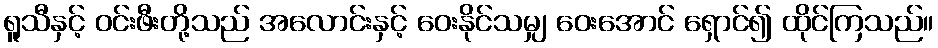
ရူသီနှင့် ဝင်းဖီးတို့သည် အလောင်းနှင့် ဝေးနိုင်သမျှ ဝေးအောင် ရှောင်၍ ထိုင်ကြသည်။